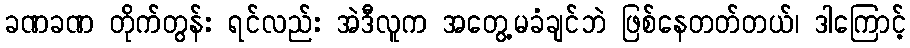
ခဏခဏ တိုက်တွန်း ရင်လည်း အဲဒီလူက အတွေ့မခံချင်ဘဲ ဖြစ်နေတတ်တယ်၊ ဒါကြောင့်